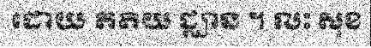
ដោយ តតិយ ជ្ឈាន ។ លះ សុខ